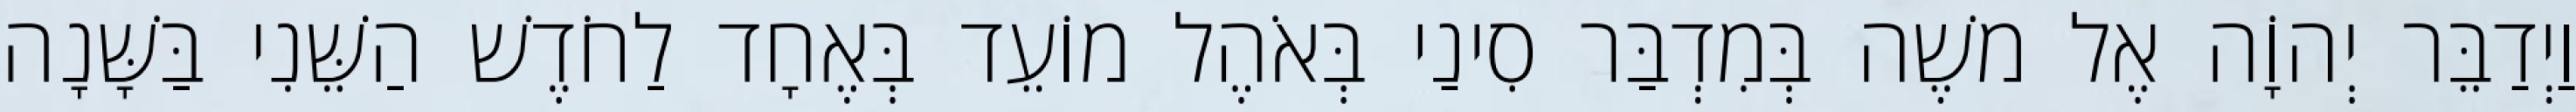
וַיְדַבֵּר יְהוָֹה אֶל משֶׁה בְּמִדְבַּר סִינַי בְּאֹהֶל מוֹעֵד בְּאֶחָד לַחֹדֶשׁ הַשֵּׁנִי בַּשָּׁנָה